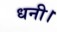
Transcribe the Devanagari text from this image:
धनी।